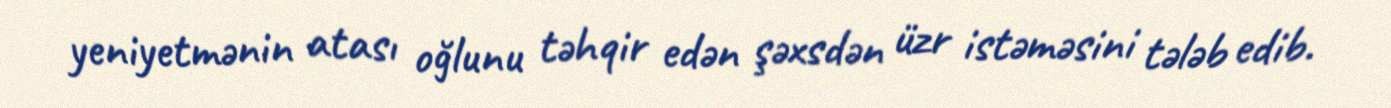
yeniyetmənin atası oğlunu təhqir edən şəxsdən üzr istəməsini tələb edib.